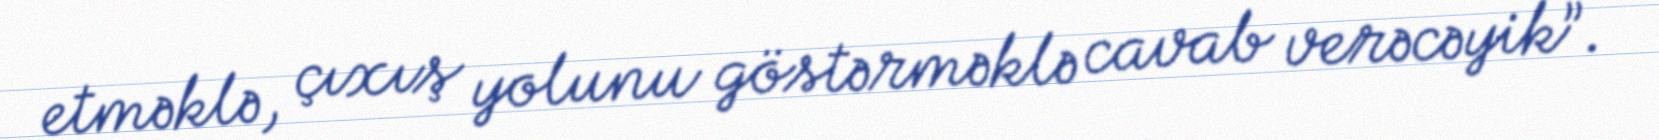
etməklə, çıxış yolunu göstərməklə cavab verəcəyik”.